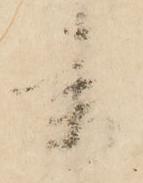
書